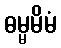
ဓမ္မမိမံ